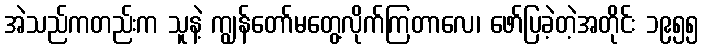
အဲသည်ကတည်းက သူနဲ့ ကျွန်တော်မတွေ့လိုက်ကြတာလေ၊ ဖော်ပြခဲ့တဲ့အတိုင်း ၁၉၅၅